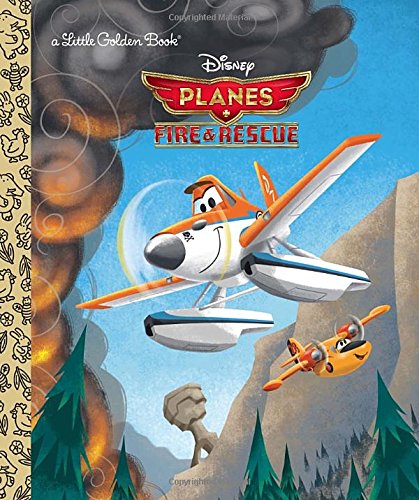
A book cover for Planes: Fire & Rescue (Disney Planes: Fire & Rescue) (Little Golden Book); Bobs Gannaway; Children's Books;